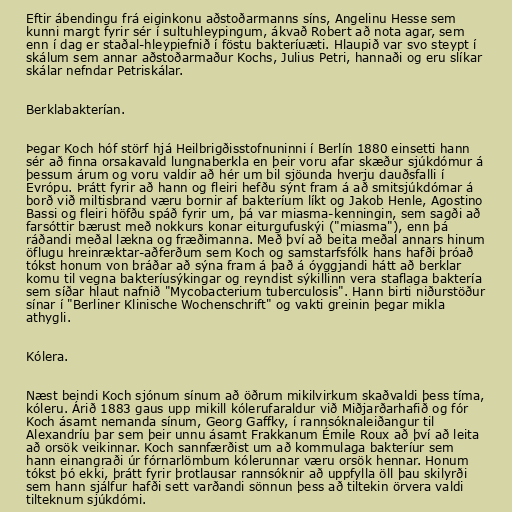
Eftir ábendingu frá eiginkonu aðstoðarmanns síns, Angelinu Hesse sem
kunni margt fyrir sér í sultuhleypingum, ákvað Robert að nota agar, sem
enn í dag er staðal-hleypiefnið í föstu bakteríuæti. Hlaupið var svo steypt í
skálum sem annar aðstoðarmaður Kochs, Julius Petri, hannaði og eru slíkar
skálar nefndar Petriskálar.

Berklabakterían.

Þegar Koch hóf störf hjá Heilbrigðisstofnuninni í Berlín 1880 einsetti hann
sér að finna orsakavald lungnaberkla en þeir voru afar skæður sjúkdómur á
þessum árum og voru valdir að hér um bil sjöunda hverju dauðsfalli í
Evrópu. Þrátt fyrir að hann og fleiri hefðu sýnt fram á að smitsjúkdómar á
borð við miltisbrand væru bornir af bakteríum líkt og Jakob Henle, Agostino
Bassi og fleiri höfðu spáð fyrir um, þá var miasma-kenningin, sem sagði að
farsóttir bærust með nokkurs konar eiturgufuskýi ("miasma"), enn þá
ráðandi meðal lækna og fræðimanna. Með því að beita meðal annars hinum
öflugu hreinræktar-aðferðum sem Koch og samstarfsfólk hans hafði þróað
tókst honum von bráðar að sýna fram á það á óyggjandi hátt að berklar
komu til vegna bakteríusýkingar og reyndist sýkillinn vera staflaga baktería
sem síðar hlaut nafnið "Mycobacterium tuberculosis". Hann birti niðurstöður
sínar í "Berliner Klinische Wochenschrift" og vakti greinin þegar mikla
athygli.

Kólera.

Næst beindi Koch sjónum sínum að öðrum mikilvirkum skaðvaldi þess tíma,
kóleru. Árið 1883 gaus upp mikill kólerufaraldur við Miðjarðarhafið og fór
Koch ásamt nemanda sínum, Georg Gaffky, í rannsóknaleiðangur til
Alexandríu þar sem þeir unnu ásamt Frakkanum Émile Roux að því að leita
að orsök veikinnar. Koch sannfærðist um að kommulaga bakteríur sem
hann einangraði úr fórnarlömbum kólerunnar væru orsök hennar. Honum
tókst þó ekki, þrátt fyrir þrotlausar rannsóknir að uppfylla öll þau skilyrði
sem hann sjálfur hafði sett varðandi sönnun þess að tiltekin örvera valdi
tilteknum sjúkdómi.